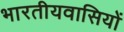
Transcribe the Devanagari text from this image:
भारतीयवासियों